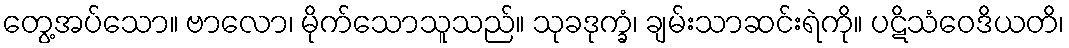
တွေ့အပ်သော။ ဗာလော၊ မိုက်သောသူသည်။ သုခဒုက္ခံ၊ ချမ်းသာဆင်းရဲကို။ ပဋိသံဝေဒိယတိ၊